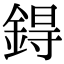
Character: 鍀